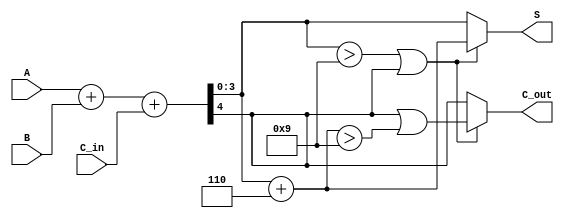
module BCD_Fast_Adder (
    input  wire [3:0] A,      // First BCD digit
    input  wire [3:0] B,      // Second BCD digit
    input  wire C_in,         // Carry-in
    output reg  [3:0] S,      // BCD sum
    output reg  C_out         // Carry-out
);

    wire [4:0] Sum;           // 5-bit sum for A + B + C_in
    wire correction_needed;    // Flag for correction
    wire [3:0] corrected_sum;  // Corrected sum after adding 6

    // Step 1: Perform binary addition
    assign Sum = A + B + C_in;

    // Step 2: Check if correction is needed
    assign correction_needed = (Sum[3:0] > 9) || (Sum[4] == 1);

    // Step 3: Apply correction if needed
    assign corrected_sum = Sum[3:0] + 4'b0110; // Add 6 in binary

    // Step 4: Determine final outputs
    always @(*) begin
        if (correction_needed) begin
            S = corrected_sum; // Use corrected sum
            C_out = Sum[4] | (corrected_sum > 9); // Carry-out if necessary
        end else begin
            S = Sum[3:0]; // No correction needed
            C_out = Sum[4]; // Carry-out from the original sum
        end
    end

endmodule